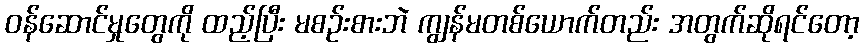
ဝန်ဆောင်မှုတွေကို ထည့်ပြီး မစဉ်းစားဘဲ ကျွန်မတစ်ယောက်တည်း အတွက်ဆိုရင်တော့